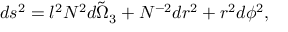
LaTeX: d s ^ { 2 } = l ^ { 2 } N ^ { 2 } \tilde { d \Omega _ { 3 } } + N ^ { - 2 } d r ^ { 2 } + r ^ { 2 } d \phi ^ { 2 } ,